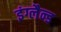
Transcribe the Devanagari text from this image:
इंग्लैन्ड